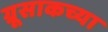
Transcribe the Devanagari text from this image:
ग्रूसाकच्या